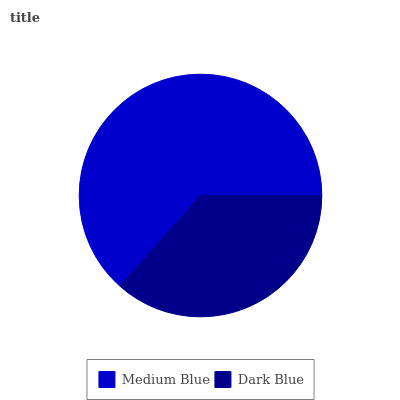
| Medium Blue | Dark Blue |
 | --- | --- |
 | 63.4% | 36.6% |